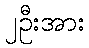
၂ဦးအား